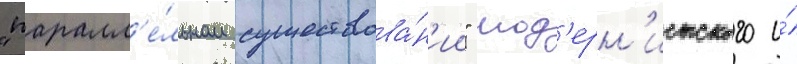
"паралл'е́льном существова́н'ии" мод'ерн'истского и́